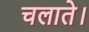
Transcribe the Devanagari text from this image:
चलाते।